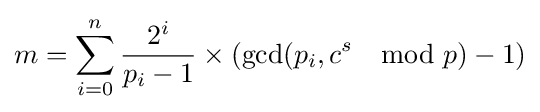
m=\sum _{i=0}^{n}{\frac {2^{i}}{p_{i}-1}}\times \left(\gcd(p_{i},c^{s}\mod p)-1\right)